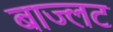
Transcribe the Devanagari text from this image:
बाज्लट